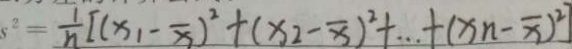
s ^ { 2 } = \frac { 1 } { n } [ ( x _ { 1 } - \overline { x } ) ^ { 2 } + ( x _ { 2 } - \overline { x } ^ { 2 } ] + \cdots + ( x _ { n } - \overline { x } ) ^ { 2 }